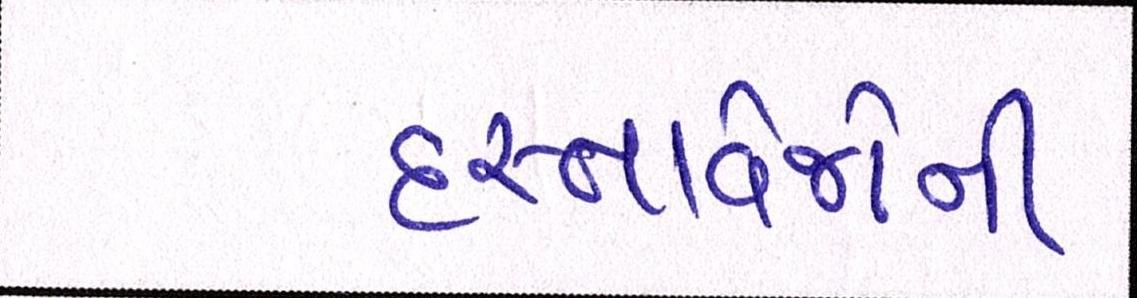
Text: દસ્તાવેજોની